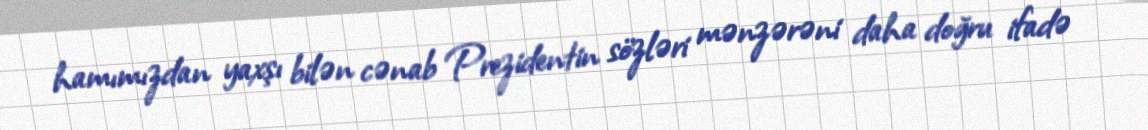
hamımızdan yaxşı bilən cənab Prezidentin sözləri mənzərəni daha doğru ifadə